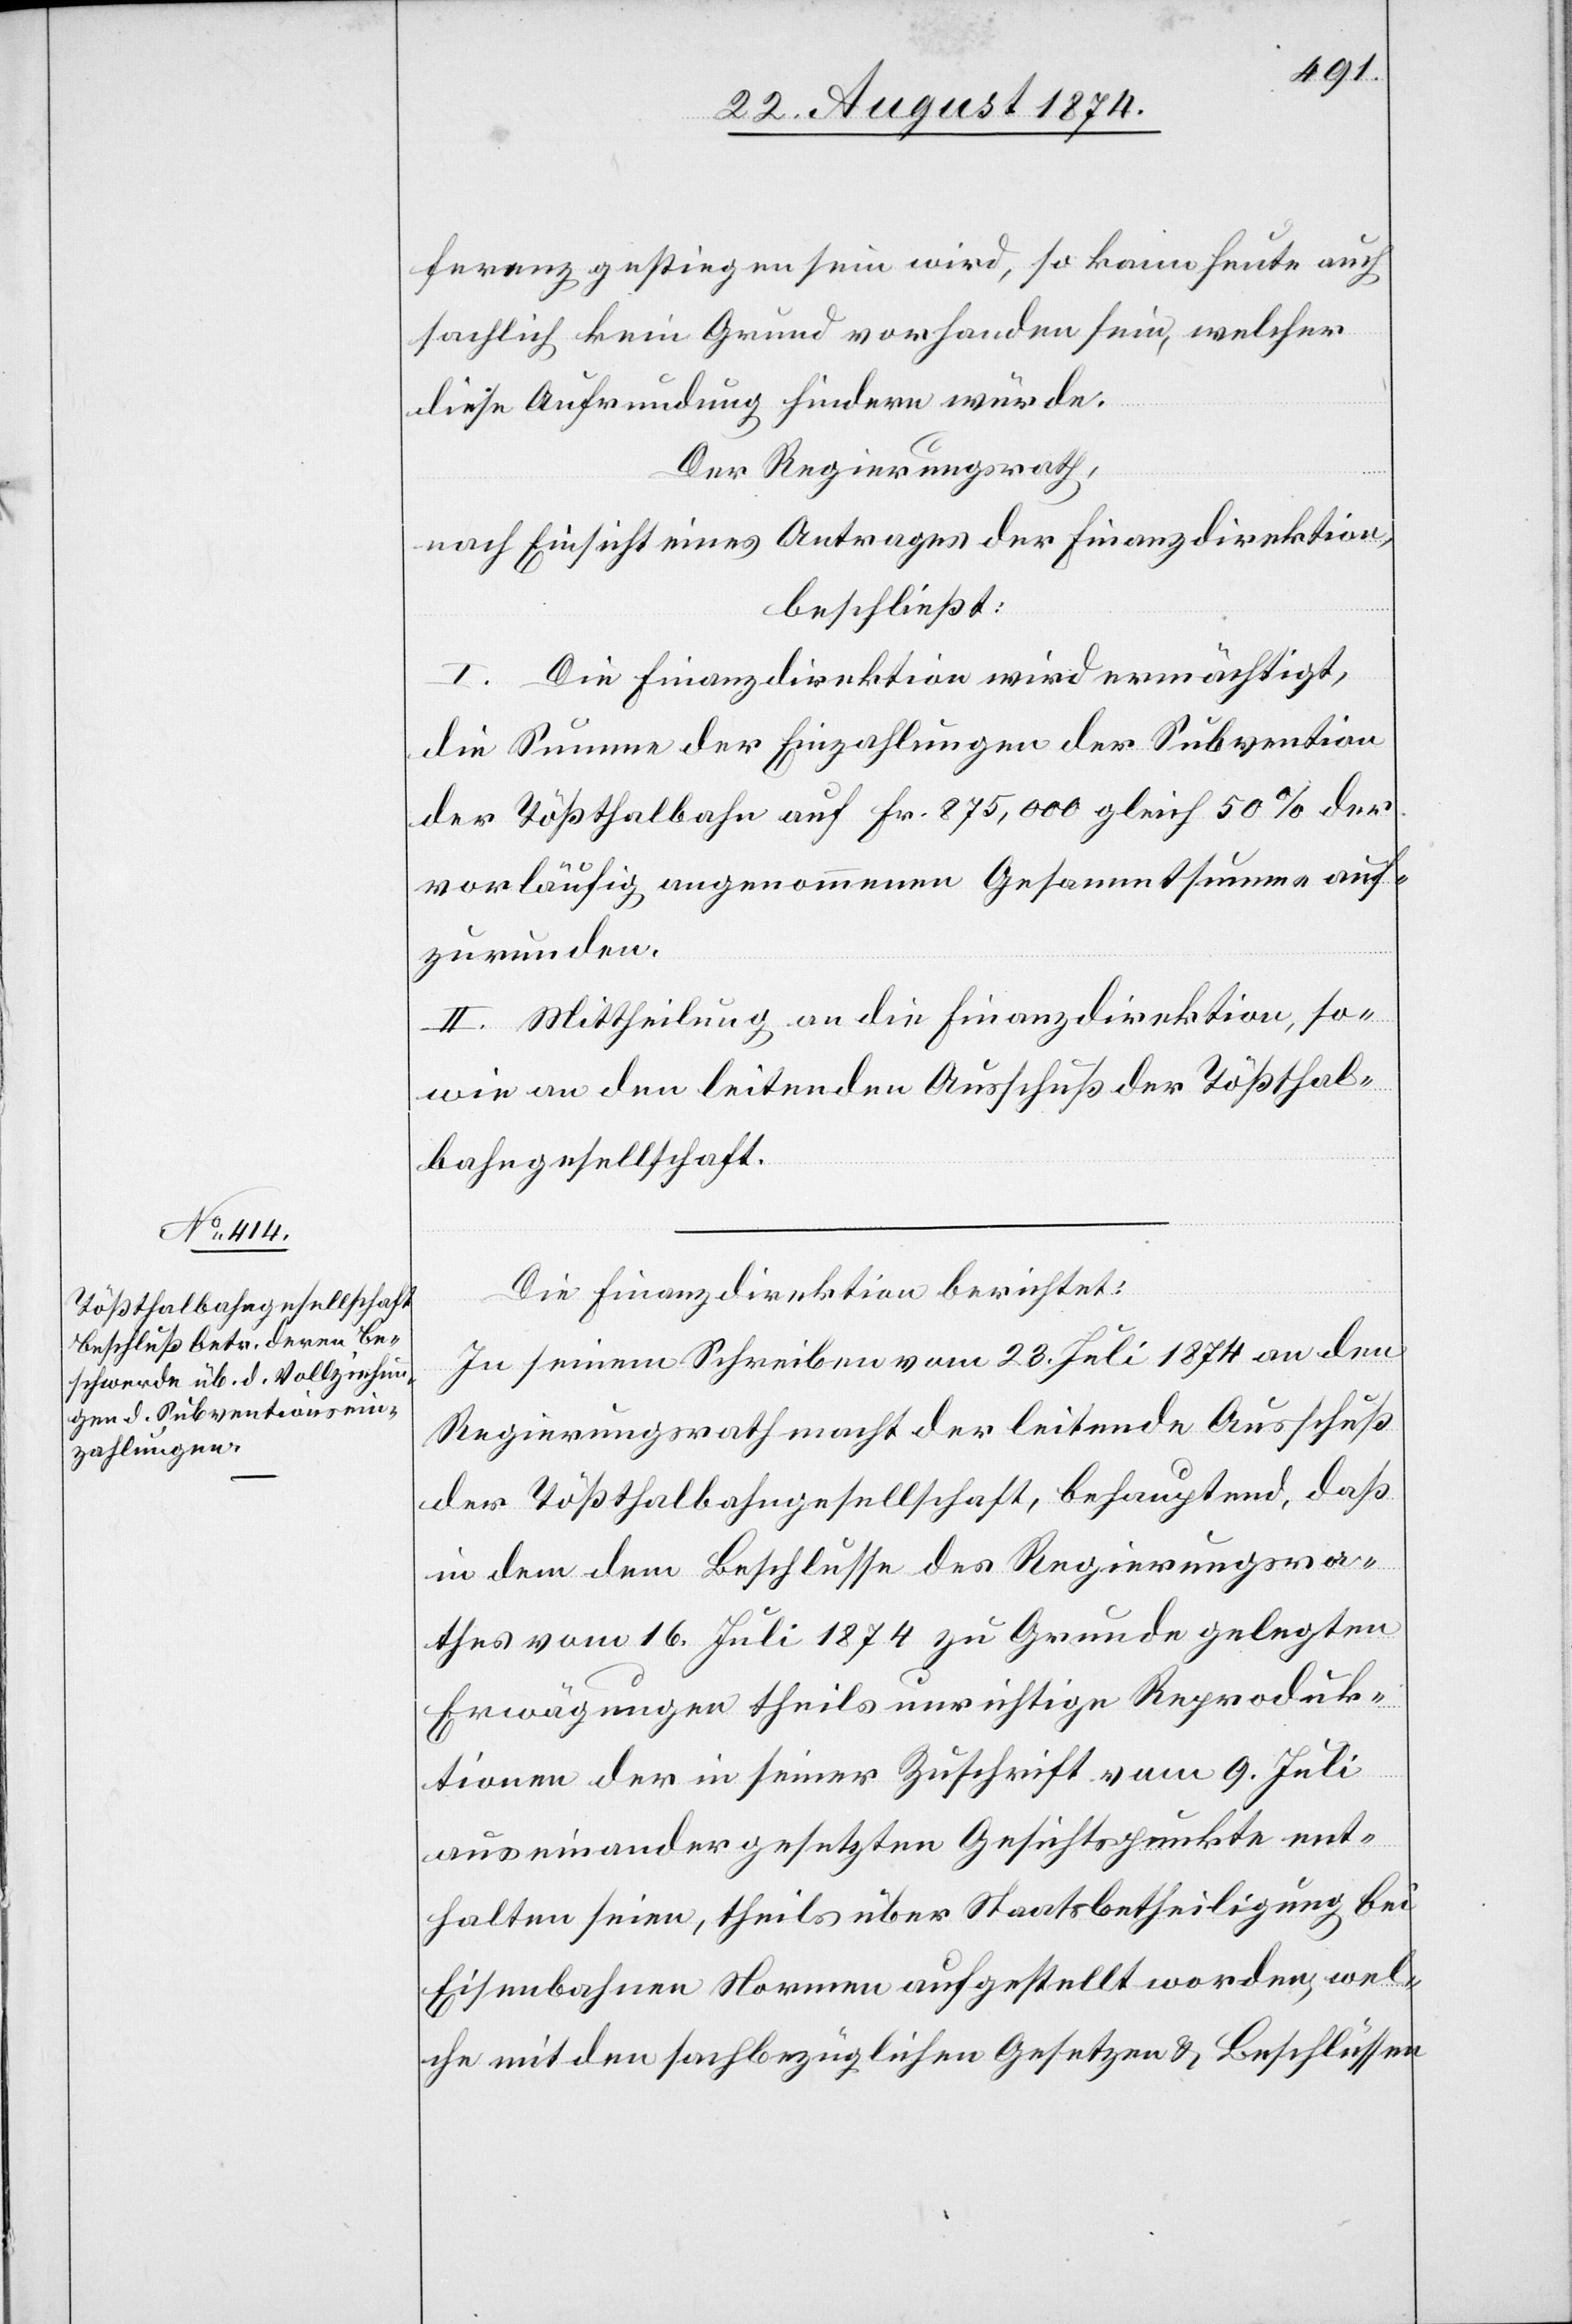
ferenz gestiegen sein wird, so kann heute auch
sachlich kein Grund vorhanden sein, welcher
diese Aufrundung hindern würde.
Der Regierungsrath,
nach Einsicht eines Antrages der Finanzdirektion,
beschließt:
I. Die Finanzdirektion wird ermächtigt,
die Summe der Einzahlungen der Subvention
der Tößthalbahn auf Fr. 875,000 gleich 50% der
vorläufig angenommenen Gesammtsumme auf¬
zurunden.
II. Mittheilung an die Finanzdirektion, so¬
wie an den leitenden Ausschuß der Tößthal¬
bahngesellschaft.
Die Finanzdirektion berichtet:
In seinem Schreiben vom 23. Juli 1874 an den
Regierungsrath macht der leitende Ausschuß
der Tößthalbahngesellschaft, behauptend, daß
in dem Beschlusse des Regierungsra¬
thes vom 16. Juli 1874 zu Grunde gelegten
Erwägungen theils unrichtige Reproduk¬
tionen der in seiner Zuschrift vom 9. Juli
auseinander gesetzten Gesichtspunkte ent¬
halten seien, theils über Staatsbetheiligung bei
Eisenbahnen Normen aufgestellt worden, wel¬
che mit den sachbezüglichen Gesetzen u. Beschlüssen